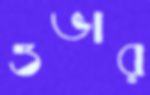
ওভার